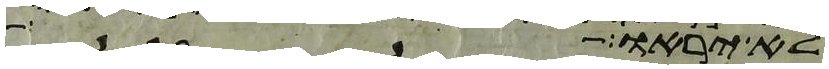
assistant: לא יראוה